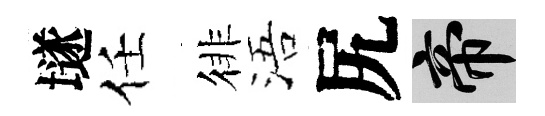
𡑞任徘浯尻帝